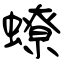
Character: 蟟